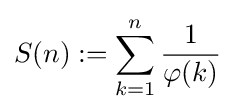
S(n):=\sum _{k=1}^{n}{\frac {1}{\varphi (k)}}